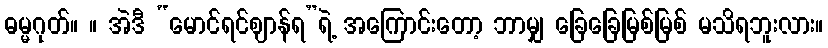
ဓမ္မဂုတ်။ ။ အဲဒီ “မောင်ရင်ဈာန်ရ”ရဲ့ အကြောင်းတော့ ဘာမျှ ခြေခြေမြစ်မြစ် မသိရဘူးလား။